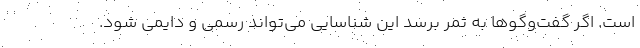
است. اگر گفت‌وگوها به ثمر برسد اين شناسايي مي‌تواند رسمي و دايمي شود.